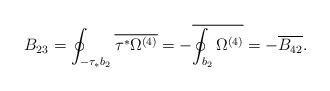
LaTeX: \begin{align*}B_{23}=\oint_{-\tau_{*}b_{2}}\overline{\tau^{*}\Omega^{(4)}}=-\overline{\oint_{b_{2}}\Omega^{(4)}}=-\overline{B_{42}}.\end{align*}